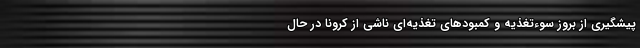
پیشگیری از بروز سوءتغذیه و کمبودهای تغذیه‌ای ناشی از کرونا در حال